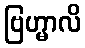
ဗြဟ္မာလိ